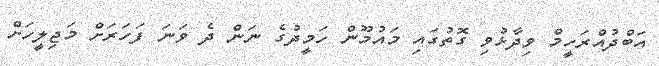
އަބްދުއްރަހީމް ވިދާޅުވި ގޮތުގައި މައުމޫން ހަމީދުގެ ނަން ދެ ވަނަ ފަހަރަށް މަޖިލީހަށް